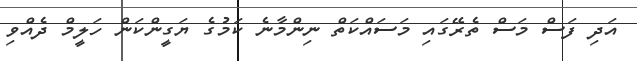
އަދި ފަސް މަސް ތެރޭގައި މަސައްކަތް ނިންމާނެ ކަމުގެ ޔަގީންކަން ހަލީމް ދެއްވި